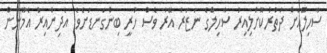
ސާހިލްއަށް ދަތުރުކޮށްލިއިރު ސާހިލްގެ ނަޒަރު އޭރު ވެސް ހުރީ ބިންގަނޑަށެވެ. އެދިންއިރު އެމޫނުން